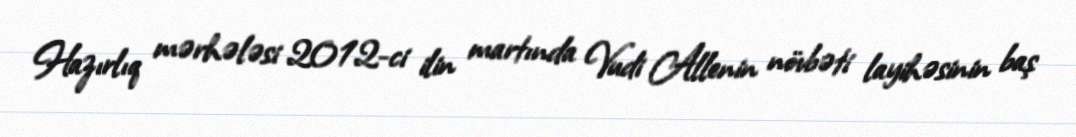
Hazırlıq mərhələsi 2012-ci ilin martında Vudi Allenin növbəti layihəsinin baş